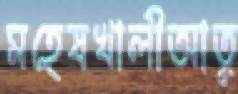
মহেষখালীআতু